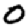
Digit: 0